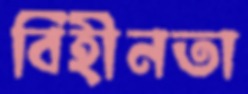
বিহীনতা